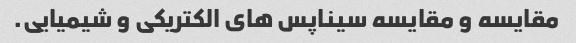
مقایسه و مقایسه سیناپس های الکتریکی و شیمیایی.